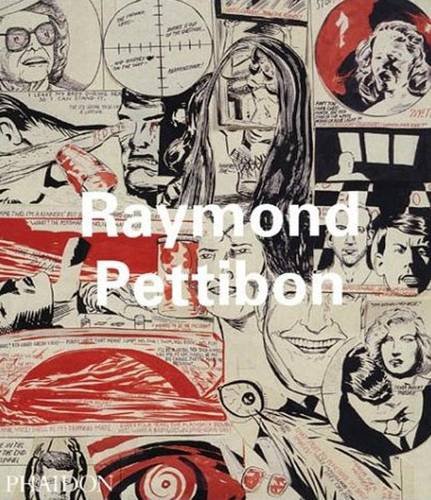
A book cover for Raymond Pettibon (Contemporary Artists); Robert Storr; Arts & Photography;